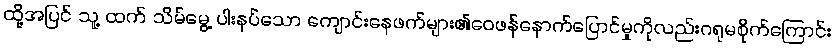
ထို့အပြင် သူ့ ထက် သိမ်မွေ့ ပါးနပ်သော ကျောင်းနေဖက်များ၏ဝေဖန်နောက်ပြောင်မှုကိုလည်းဂရုမစိုက်ကြောင်း